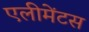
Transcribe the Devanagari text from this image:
एलीमेंटस